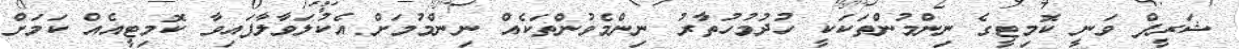
ޝަރީފް ވަނީ ކޮމިޓީގެ ނިންމުންތަކަކީ ހުދުމުހުތާރު ނިންމެވުންތަކެއް ނިންމުމަށް އެކުލަވާލާފައިވާ ކޮމިޓީއެއް ކަމަށް